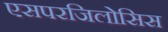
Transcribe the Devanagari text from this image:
एसपरजिलोसिस